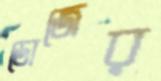
ডোজের